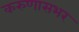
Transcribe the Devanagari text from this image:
करुणासभर